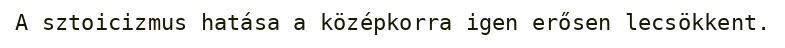
A sztoicizmus hatása a középkorra igen erősen lecsökkent.